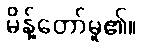
မိန့်တော်မူ၏။